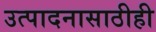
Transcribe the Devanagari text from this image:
उत्पादनासाठीही